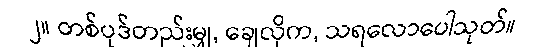
၂။ တစ်ပုဒ်တည်းမျှ, ချေလိုက, သရလောပေါသုတ်။